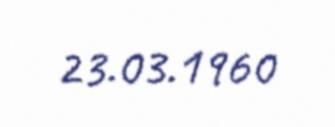
23.03.1960